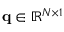
\mathbf { q } \in \mathbb { R } ^ { N \times 1 }